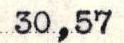
30,57